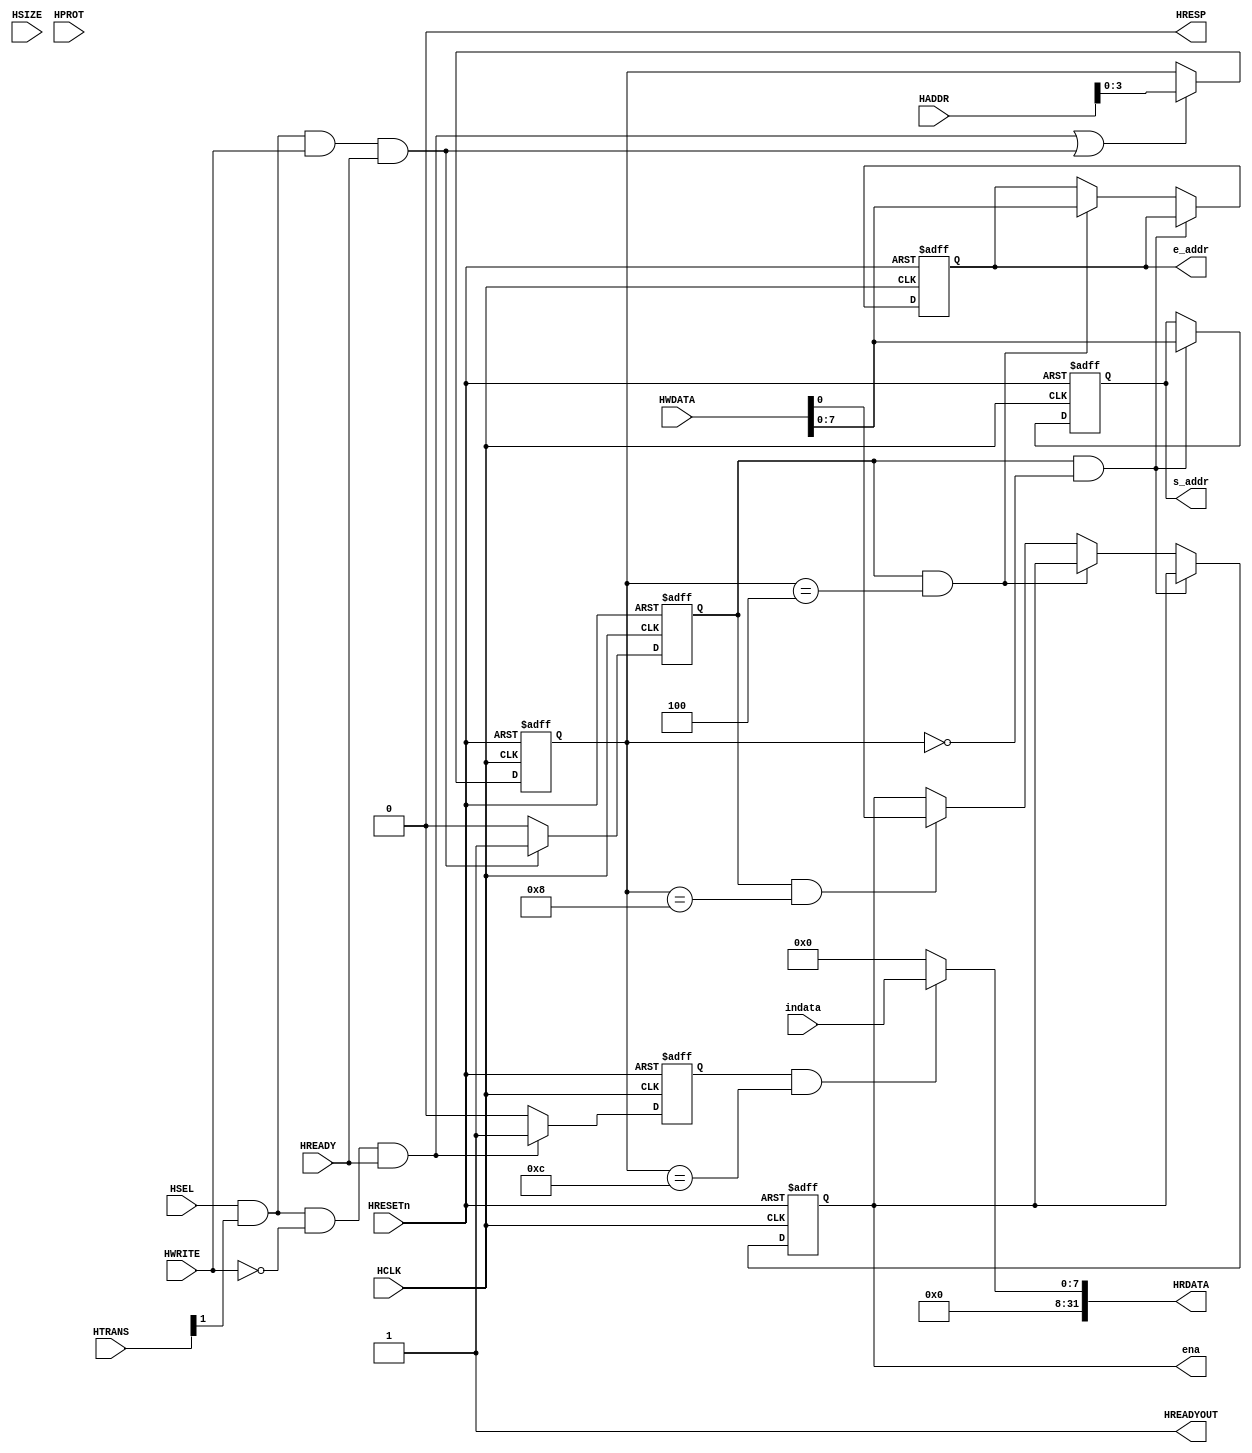
module AHBlite_MicroCode_controller(
    input  wire          HCLK,    
    input  wire          HRESETn, 
    input  wire          HSEL,    
    input  wire   [31:0] HADDR,   
    input  wire    [1:0] HTRANS,  
    input  wire    [2:0] HSIZE,   
    input  wire    [3:0] HPROT,   
    input  wire          HWRITE,  
    input  wire   [31:0] HWDATA,  
    input  wire          HREADY,  
    output wire          HREADYOUT, 
    output wire   [31:0] HRDATA,  
    output wire          HRESP,
    
    //MicroCode_controllerin
    output  wire [7:0] s_addr,
    output  wire [7:0] e_addr,
    output  wire       ena,
    input wire [7:0] indata   
);

assign HRESP = 1'b0;
assign HREADYOUT = 1'b1;

wire write_en;
assign write_en = HSEL & HTRANS[1] & HWRITE & HREADY;

wire read_en;
assign read_en=HSEL&HTRANS[1]&(~HWRITE)&HREADY;

reg [3:0] addr_reg;
always@(posedge HCLK or negedge HRESETn) begin
  if(~HRESETn) addr_reg <= 4'h0;
  else if(read_en || write_en) addr_reg <= HADDR[3:0];
end

reg rd_en_reg;
always@(posedge HCLK or negedge HRESETn) begin
  if(~HRESETn) rd_en_reg <= 1'b0;
  else if(read_en) rd_en_reg <= 1'b1;
  else rd_en_reg <= 1'b0;
end

reg wr_en_reg;
always@(posedge HCLK or negedge HRESETn) begin
  if(~HRESETn) wr_en_reg <= 1'b0;
  else if(write_en) wr_en_reg <= 1'b1;
  else  wr_en_reg <= 1'b0;
end



assign HRDATA = (rd_en_reg  & (addr_reg == 4'hc)) ? {24'd0,indata} : 32'd0;

reg [7:0] s_addr_reg;
reg [7:0] e_addr_reg;
reg ena_reg;
always@(posedge HCLK or negedge HRESETn) begin
    if(~HRESETn) begin
        s_addr_reg <= 8'd0;
        e_addr_reg <= 8'd0;
        ena_reg <= 1'd0;
    end
    else if(wr_en_reg & addr_reg == 4'h0)  s_addr_reg <= HWDATA[7:0];
    else if(wr_en_reg & addr_reg == 4'h4)  e_addr_reg <= HWDATA[7:0];
    else if(wr_en_reg & addr_reg == 4'h8)  ena_reg <= HWDATA[0];
  end
    

assign s_addr = s_addr_reg;
assign e_addr = e_addr_reg;
assign ena = ena_reg;

endmodule